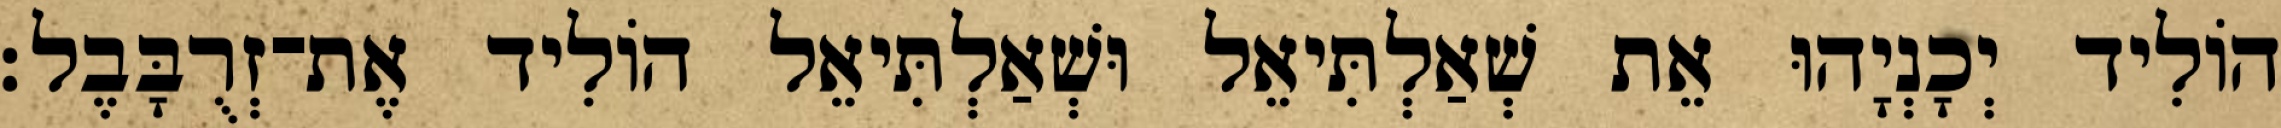
הוֹלִיד יְכָנְיָהוּ אֵת שְׁאַלְתִּיאֵל וּשְׁאַלְתִּיאֵל הוֹלִיד אֶת־זְרֻבָּבֶל׃